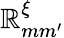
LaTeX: \mathbb R_{mm^{\prime}}^{\xi}